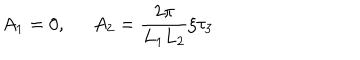
A _ { 1 } = 0 , \; \; A _ { 2 } = \frac { 2 \pi } { L _ { 1 } L _ { 2 } } \xi \tau _ { 3 }